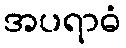
အပရာဓံ